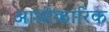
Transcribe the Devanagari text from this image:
आधीकारिक